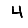
Digit: 4